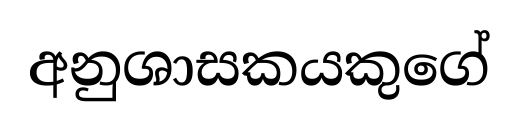
අනුශාසකයකුගේ